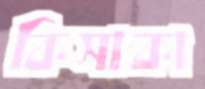
কিসাকা